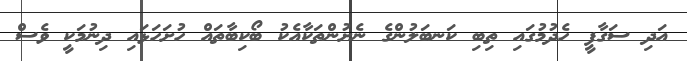
އަދި ސަގާފީ ހެދުމުގައި ތިބި ކަނބަލުންގެ ނެށުންތަކާއެކު ބޯކިބާތައް ހުށަހަޅައި ދިނުމަކީ ވެސް